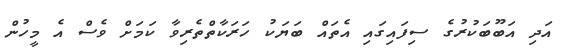
އަދި އަބޫބަކުރުގެ ސިފައިގައި އެތައް ބަޔަކު ހަރަކާތްތެރިވާ ކަމަށް ވެސް އެ މީހުން